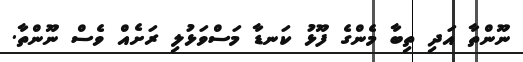
ނޫންތާ އަދި ތިބާ މެންގެ ފޫޅު ކަނޑާ މަސްވަޅުލި ރަށެއް ވެސް ނޫންތާ.